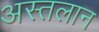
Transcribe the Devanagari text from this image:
अस्तलान